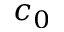
c _ { 0 }